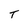
Character: T